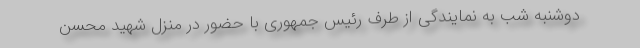
دوشنبه شب به نمایندگی از طرف رئیس جمهوری با حضور در منزل شهید محسن